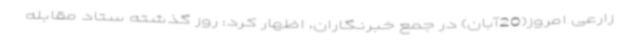
زارعی امروز(20آبان) در جمع خبرنگاران، اظهار کرد: روز گذشته ستاد مقابله